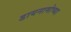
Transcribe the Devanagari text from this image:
डायनामोच्या